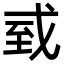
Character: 㦶